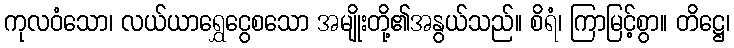
ကုလဝံသော၊ လယ်ယာရွှေငွေစသော အမျိုးတို့၏အနွယ်သည်။ စိရံ၊ ကြာမြင့်စွာ။ တိဋ္ဌေ၊